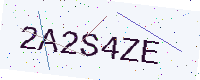
Text: 2A2S4ZE